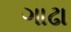
ગાઢા